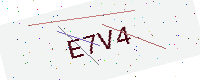
Text: E7V4